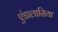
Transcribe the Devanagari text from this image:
एंडालासिया